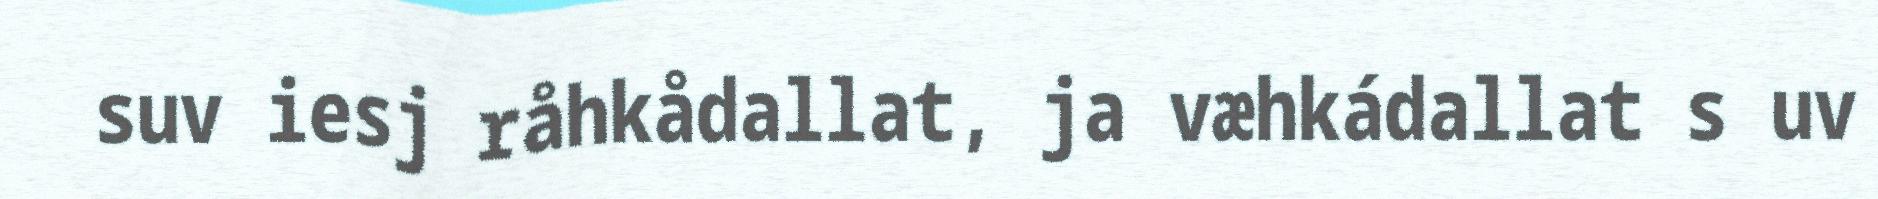
suv iesj råhkådallat, ja væhkádallat s uv